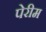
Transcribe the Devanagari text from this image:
पेरीम